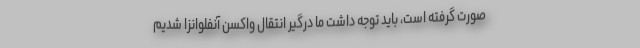
صورت گرفته است، باید توجه داشت ما درگیر انتقال واکسن آنفلوانزا شدیم